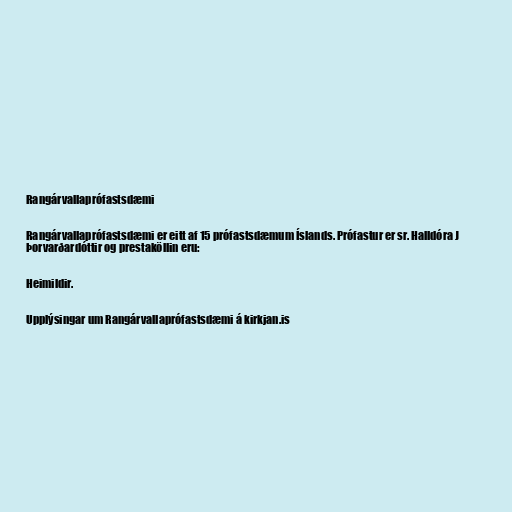
Rangárvallaprófastsdæmi

Rangárvallaprófastsdæmi er eitt af 15 prófastsdæmum Íslands. Prófastur er sr. Halldóra J
Þorvarðardóttir og prestaköllin eru:

Heimildir.

Upplýsingar um Rangárvallaprófastsdæmi á kirkjan.is